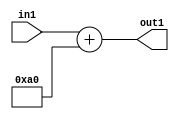
`timescale 1ps / 1ps
/*****************************************************************************
    Verilog RTL Description
    
    
    Created by: Stratus DpOpt 2019.1.01 
*******************************************************************************/

module DC_Filter_Add_12U_275_4 (
	in1,
	out1
	); /* architecture "behavioural" */ 
input [11:0] in1;
output [11:0] out1;
wire [11:0] asc001;

assign asc001 = 
	+(in1)
	+(12'B000010100000);

assign out1 = asc001;
endmodule

/* CADENCE  urnxQwA= : u9/ySgnWtBlWxVPRXgAZ4Og= ** DO NOT EDIT THIS LINE ******/